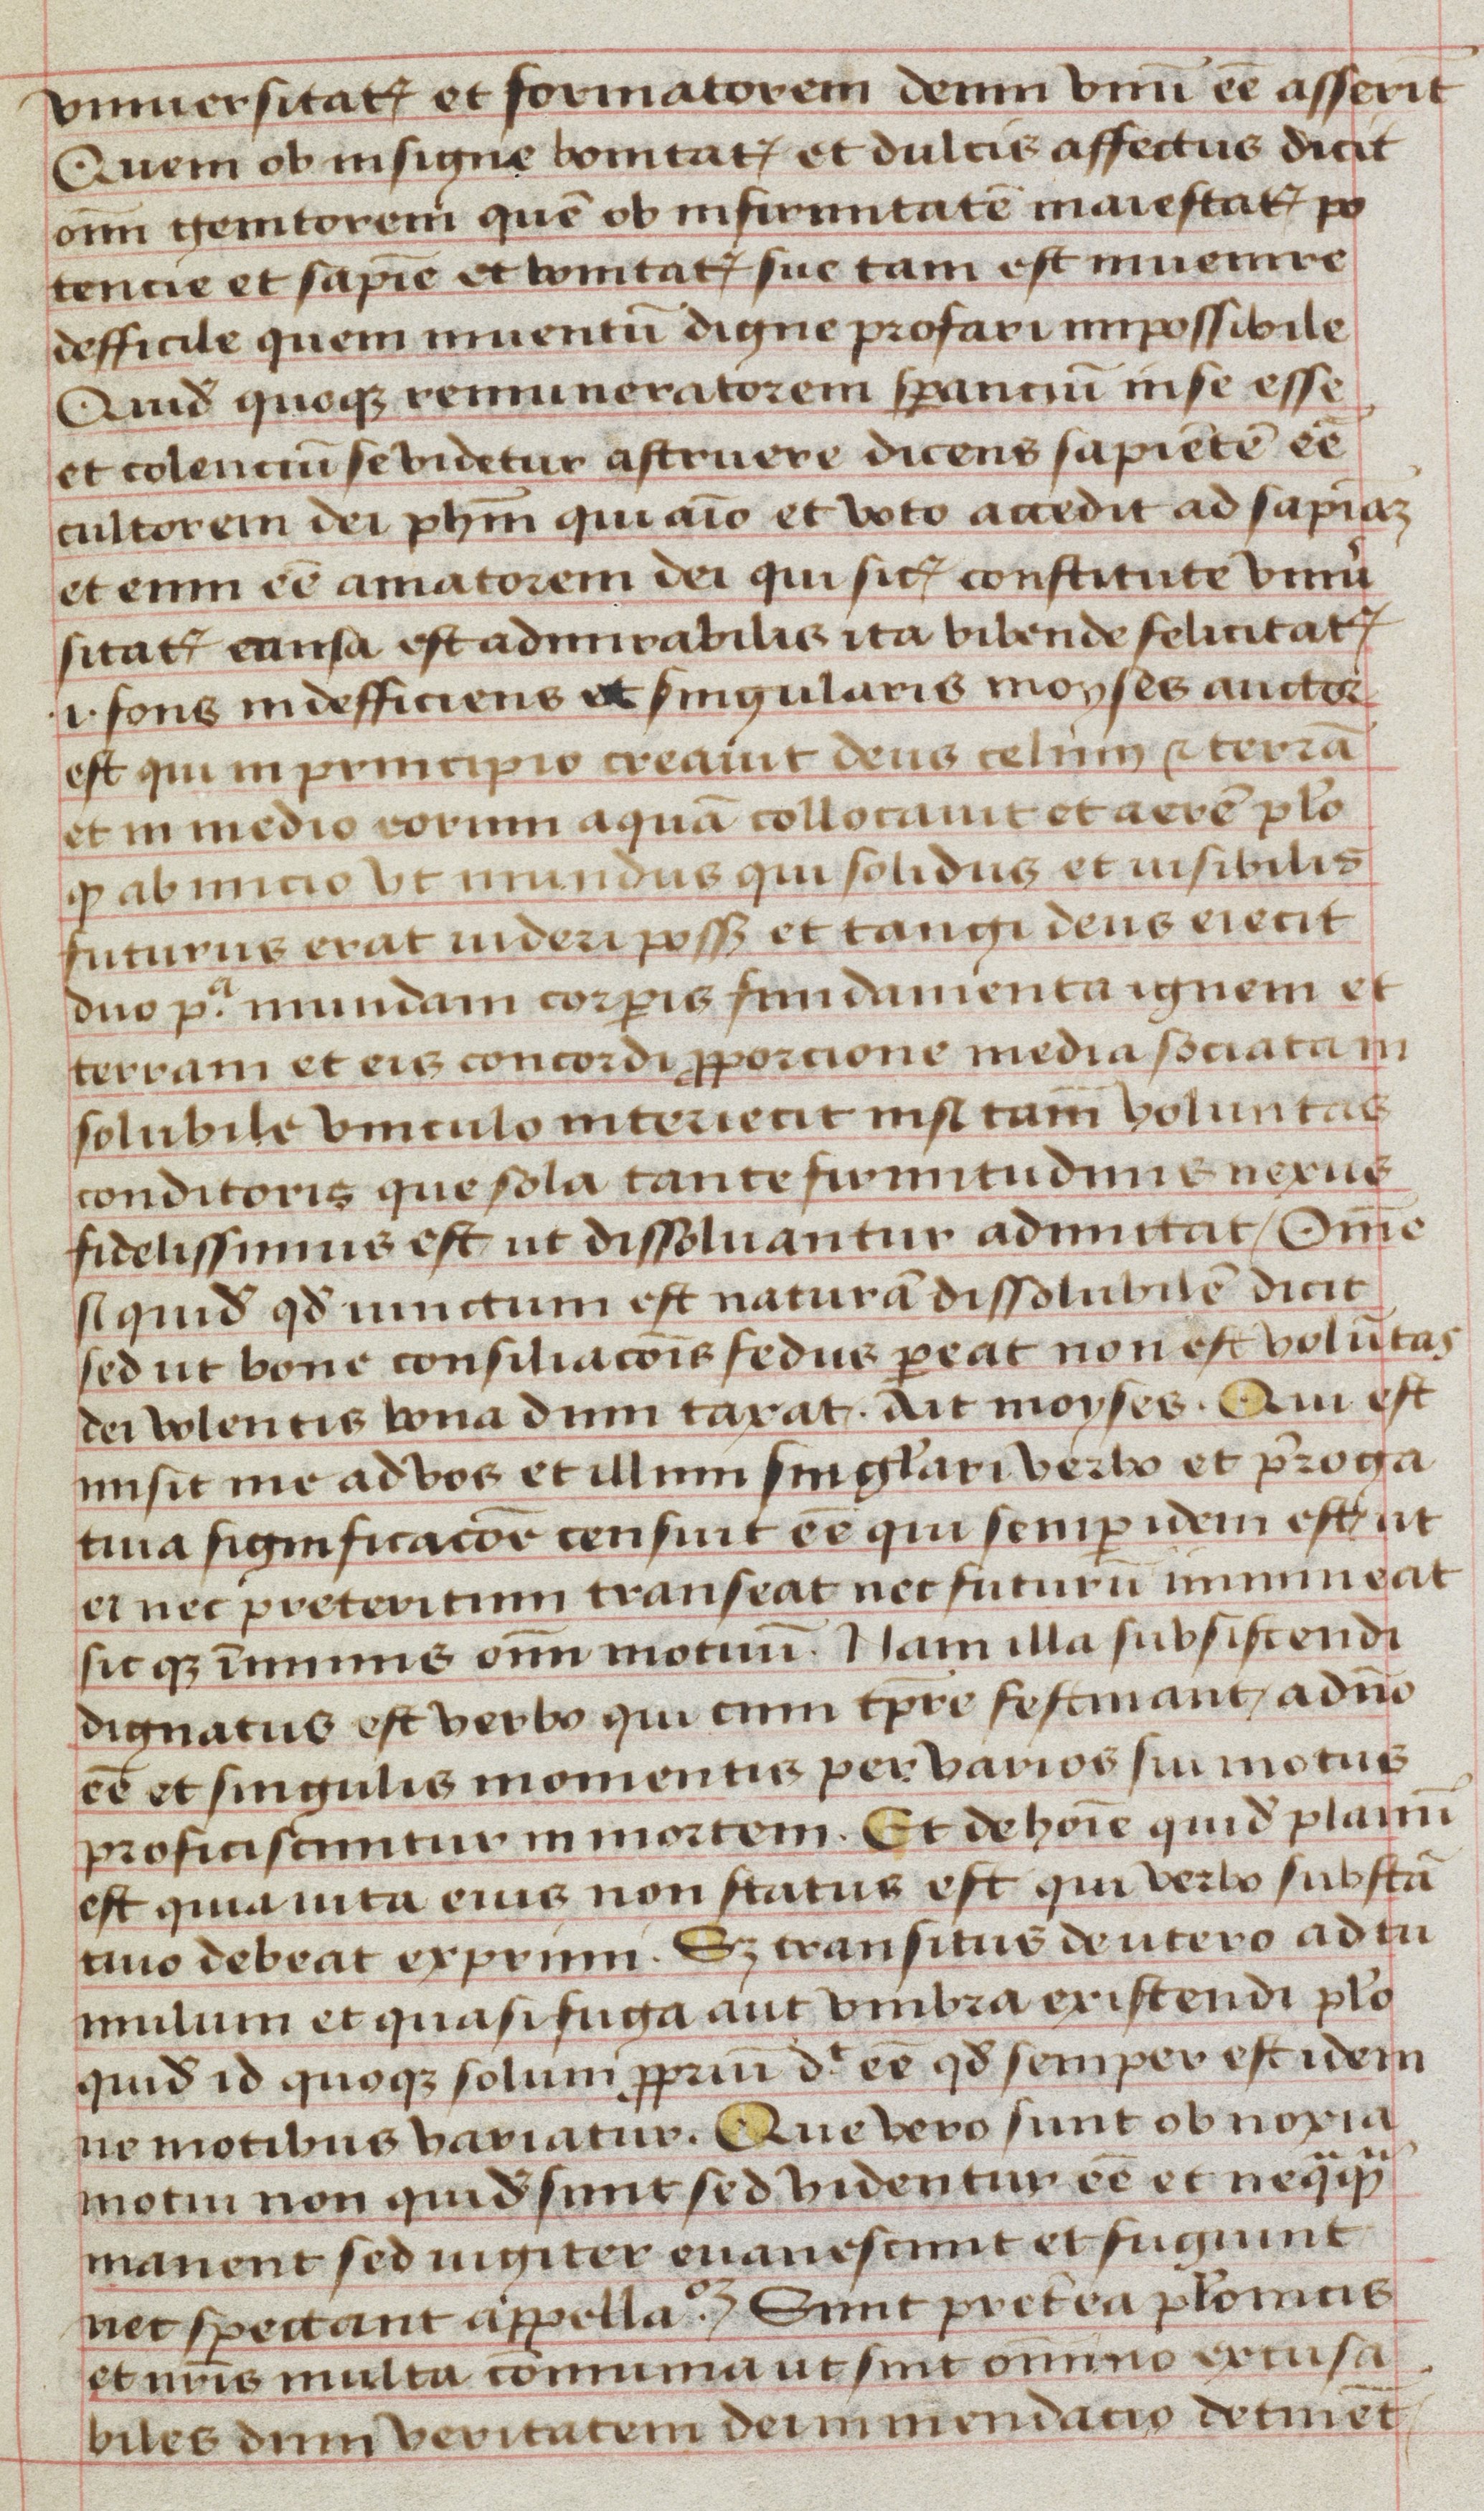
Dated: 1470–1499